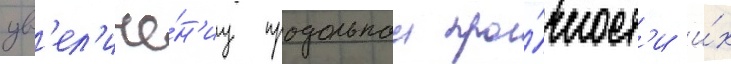
ув'ел'иче́н'иу продольнои про́чност'и и́х